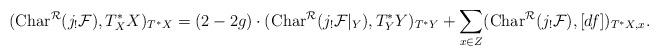
LaTeX: \begin{align*}({\rm Char}^{\cal R}(j_!{\cal F}),T^*_XX)_{T^*X}=(2-2g)\cdot ({\rm Char}^{\cal R}(j_!{\cal F}|_Y),T^*_YY)_{T^*Y}+\sum_{x\in Z}({\rm Char}^{\cal R}(j_!{\cal F}),[df])_{T^*X,x}.\end{align*}